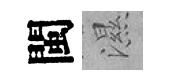
閩濕